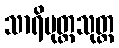
သာရိပုတ္တသုတ္တ